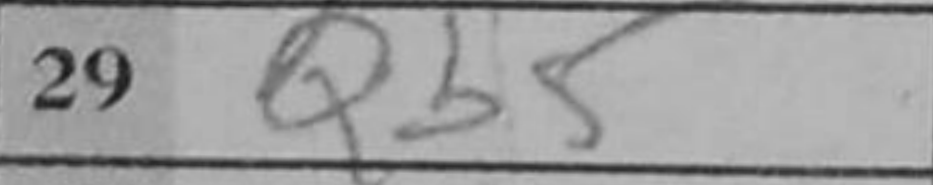
Transcription: Qb5